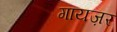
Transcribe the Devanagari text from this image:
गायज़र